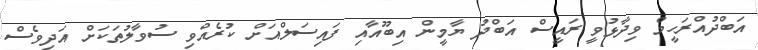
އަބްދުއްރަހީމް ވިދާޅުވީ ރައީސް އަބްދު ޔާމީން އިބޫއާއި ފައިސަލްއަށް ކުރެއްވި ސުވާލުތަކަށް އަދިވެސް